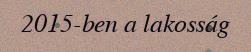
2015-ben a lakosság